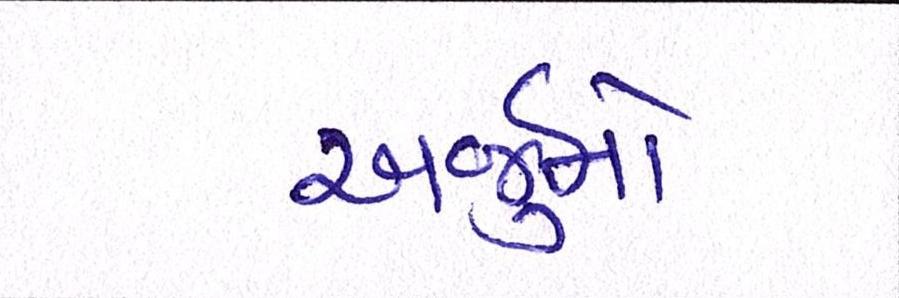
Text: અર્જુનો